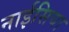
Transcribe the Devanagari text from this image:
नाईसिया